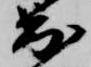
出